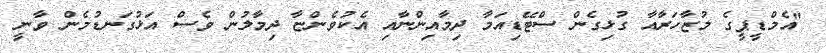
"އެމްޑީޕީގެ މުޒާހަރާއާ ގުޅިގެން ސްޓޭޑިއަމާ ދިމާއިންނާއި އެކުވެންޏާ ދިމާލުން ވެސް އަޅުގަނޑުމެން ވާނީ